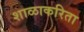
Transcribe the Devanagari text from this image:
शाळाकरिता